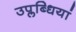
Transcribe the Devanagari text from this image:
उप्लब्धियां